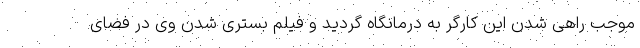
موجب راهی شدن این کارگر به درمانگاه گردید و فیلم بستری شدن وی در فضای